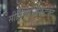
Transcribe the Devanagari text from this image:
सीनियरआर्किटेक्ट